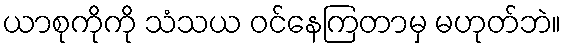
ယာစုကိုကို သံသယ ဝင်နေကြတာမှ မဟုတ်ဘဲ။